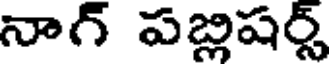
నాగ్ పబ్లిషర్స్